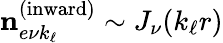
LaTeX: \mathbf{n}_{e\nu k_{\ell}}^{(\textrm{inward})}\sim J_{\nu}(k_{\ell}r)